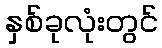
နှစ်ခုလုံးတွင်